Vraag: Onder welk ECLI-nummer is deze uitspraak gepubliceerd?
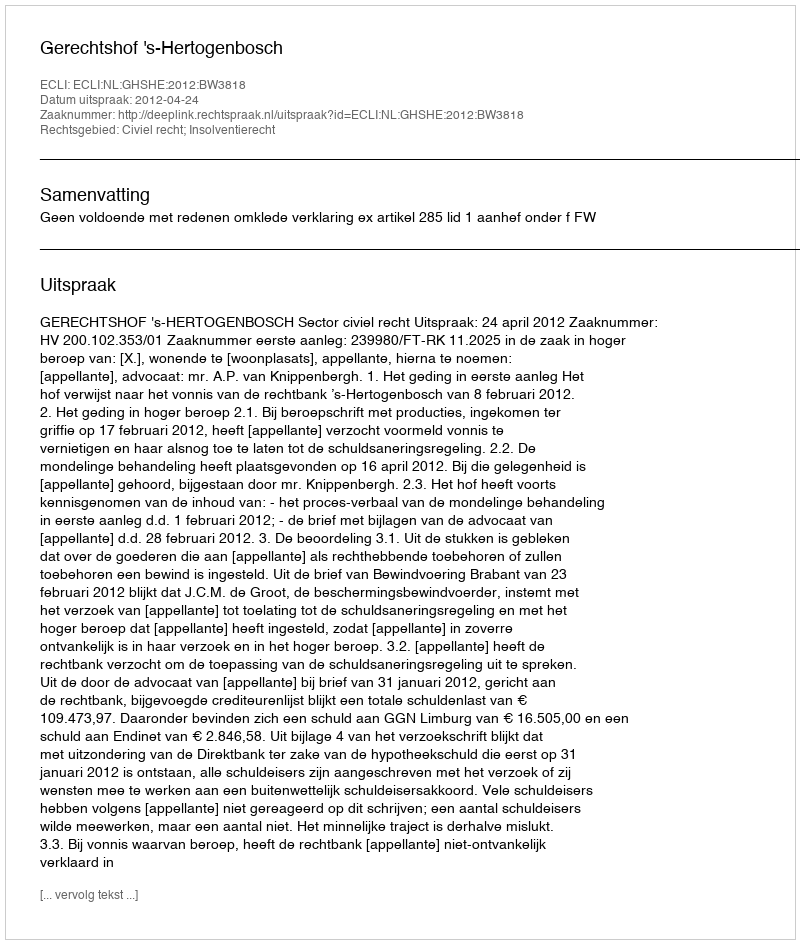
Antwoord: ECLI:NL:GHSHE:2012:BW3818